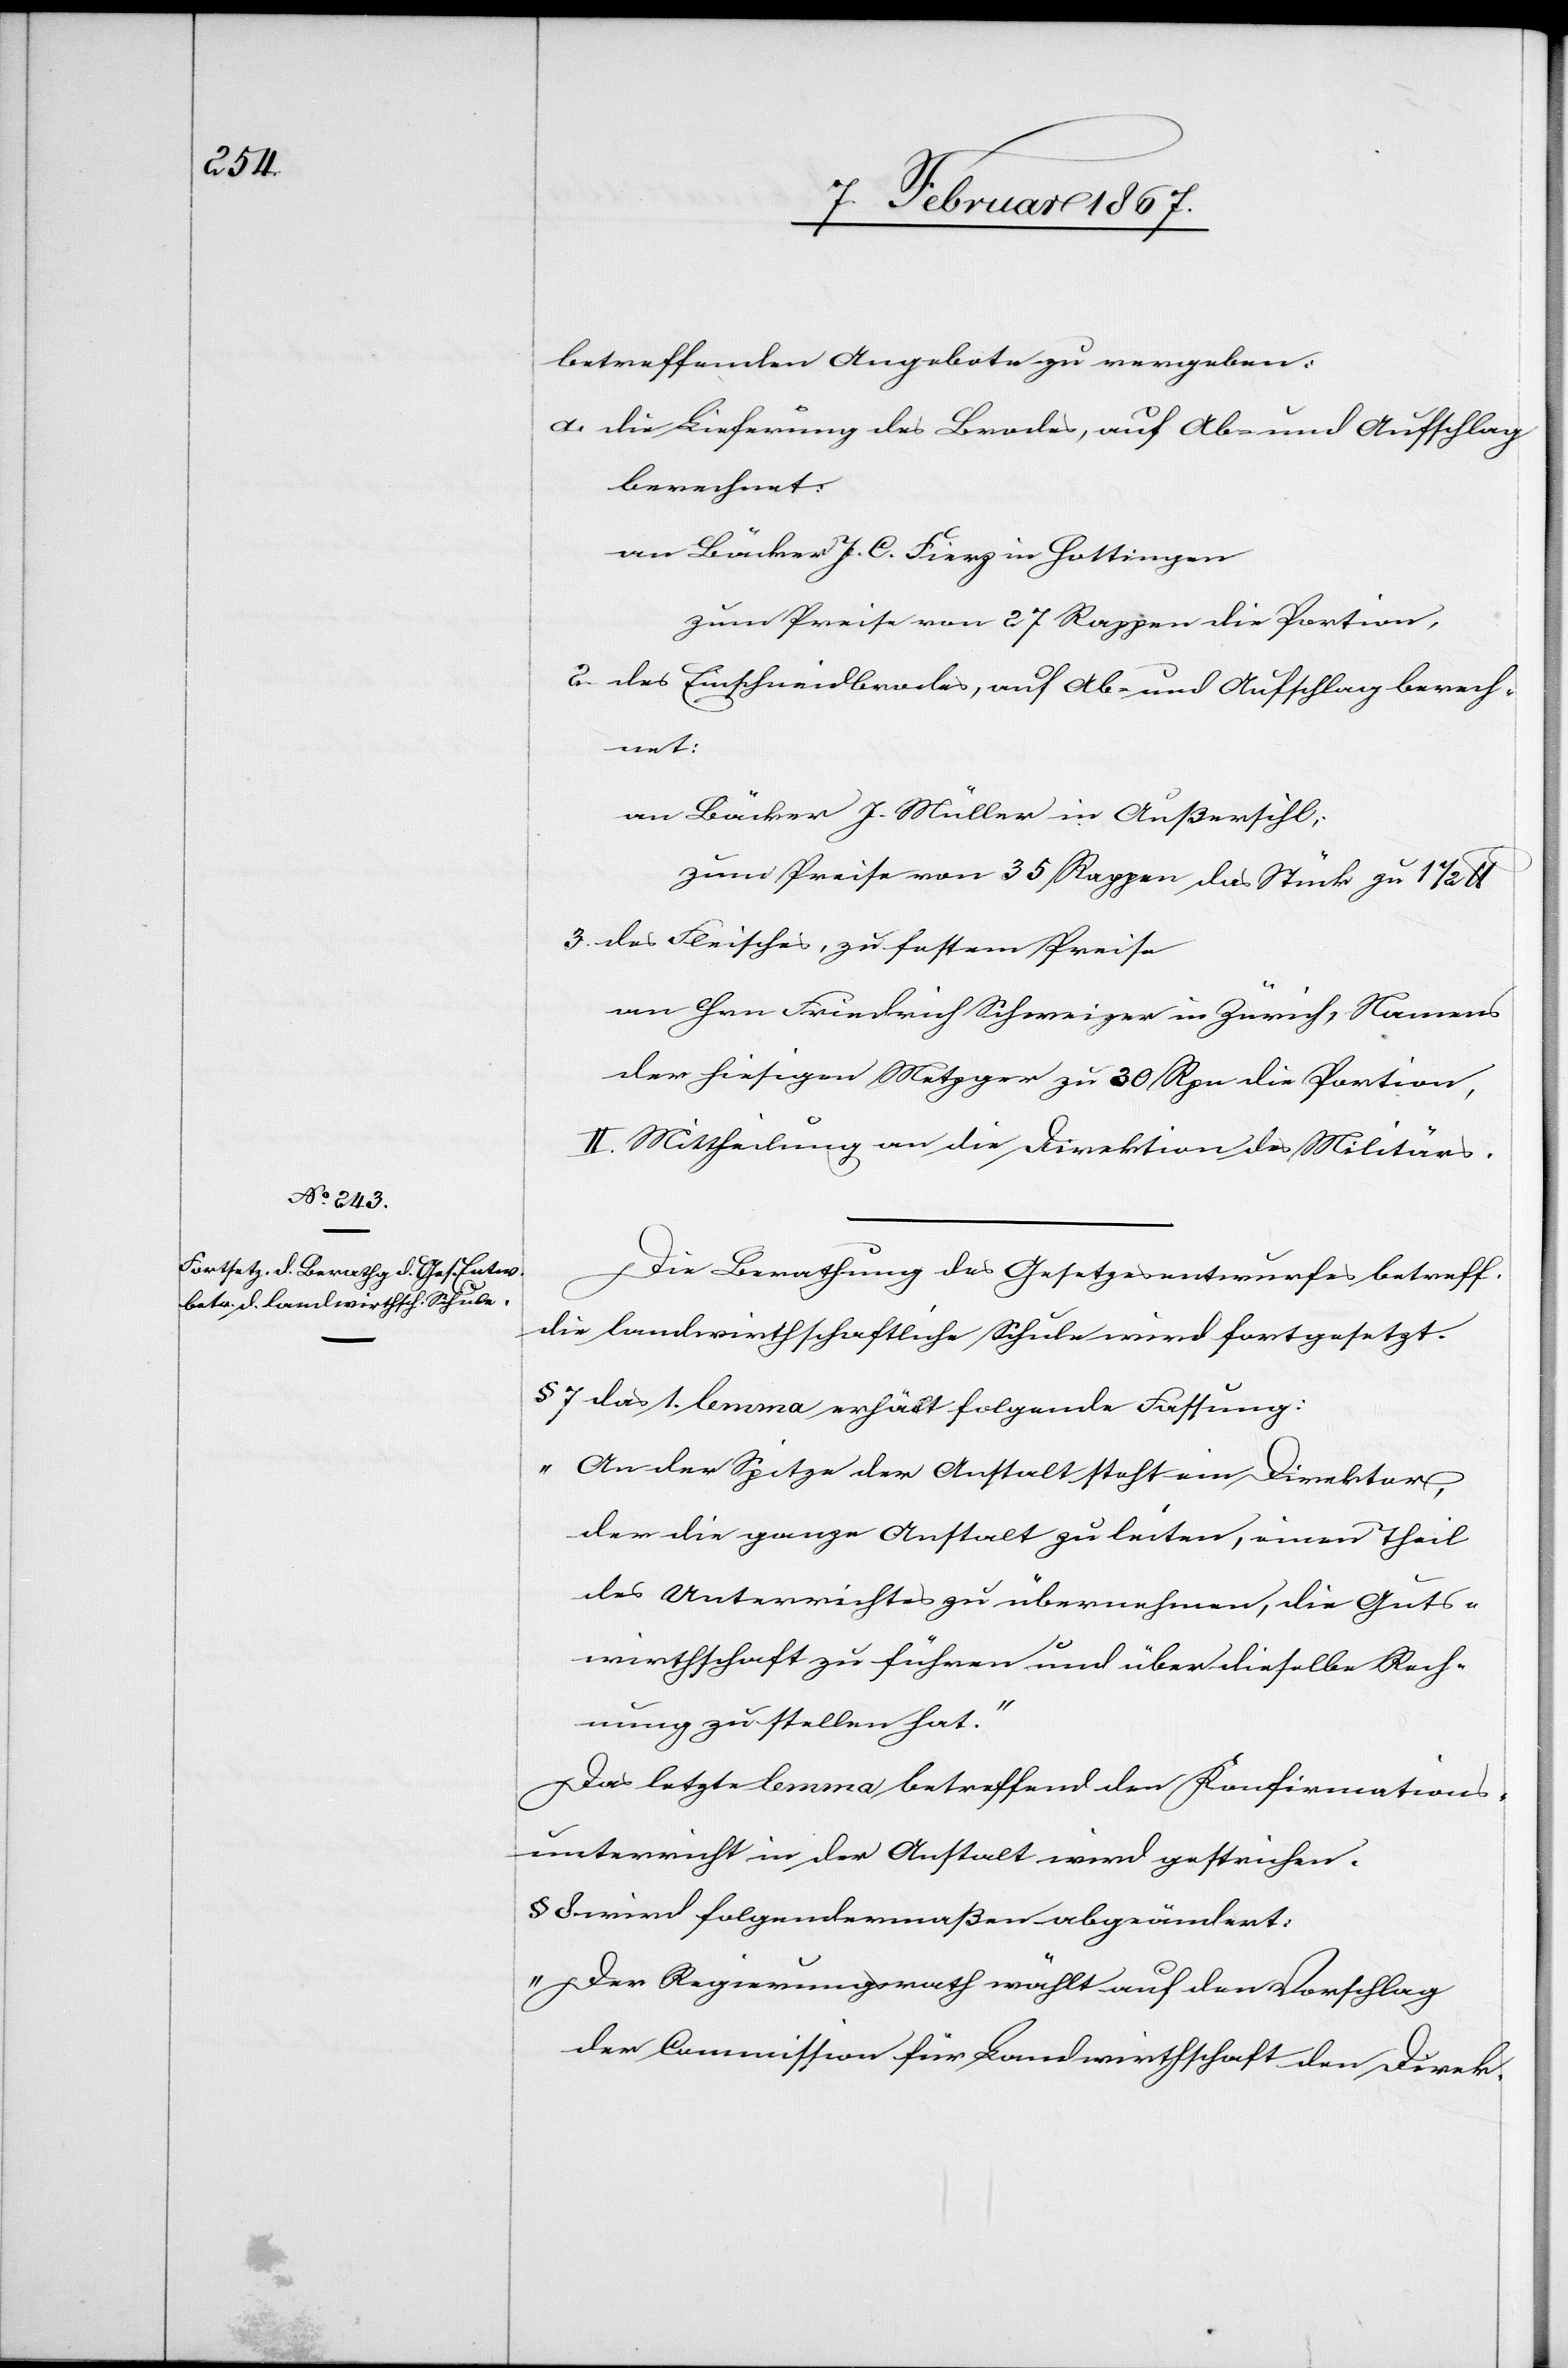
betreffenden Angebote zu vergeben:
1.]	die Lieferung des Brodes, auf Ab- und Aufschlag
berechnet:
an Bäcker J. C. Fierz in Hottingen
zum Preise von 27 Rappen die Portion,
2. 	des Einschneidbrodes, auf Ab- und Aufschlag berech¬
net:
an Bäcker J. Müller in Außersihl;
zum Preise von 35 Rappen das Stück zu 1 1/2 U
3. 	das Fleisch, zu festem Preise
an Hrn Friedrich Schweizer in Zürich, Namens
der hiesigen Metzger zu 30 Rpn die Portion,
II. Mittheilung an die Direktion des Militärs.
Die Berathung des Gesetzesentwurfes betreff.
die landwirthschaftliche Schule wird fortgesetzt.
§ 7 das 1. lemma erhält folgende Fassung:
„
An der Spitze der Anstalt steht ein Direktor,
der die ganze Anstalt zu leiten, einen Theil
des Unterrichtes zu übernehmen, die Guts¬
wirthschaft zu führen und über dieselbe Rech¬
nung zu stellen hat.“
Das letzte lemma betreffend den Konfirmations¬
unterricht in der Anstalt wird gestrichen.
§ 8 wird folgendermaßen abgeändert:
„Der Regierungsrath wählt auf den Vorschlag
der Commission für Landwirthschaft den Direk-